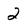
Character: 2